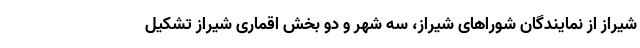
شیراز از نمایندگان شوراهای شیراز، سه شهر و دو بخش اقماری شیراز تشکیل